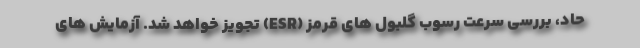
حاد، بررسی سرعت رسوب گلبول های قرمز (ESR) تجویز خواهد شد. آزمایش های